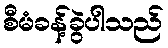
စီမံခန့်ခွဲပါသည်